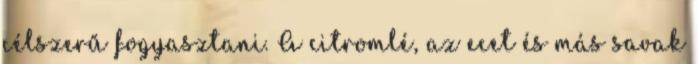
célszerű fogyasztani. A citromlé, az ecet és más savak